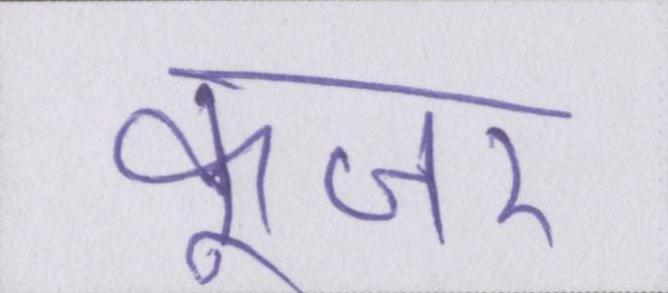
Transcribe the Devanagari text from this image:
कूजर